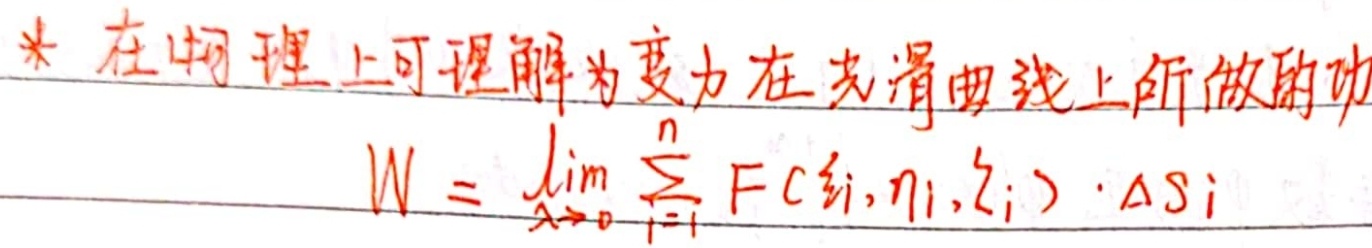
* 在物理上可理解为变力在光滑曲线上所做的功
\[W = \lim_{\lambda \to 0} \sum_{i = 1}^{n} F(\xi_i,\eta_i,\zeta_i)\cdot\Delta s_i\]